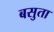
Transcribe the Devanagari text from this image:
बसुता